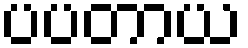
ပပတာယ